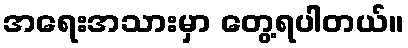
အရေးအသားမှာ တွေ့ရပါတယ်။